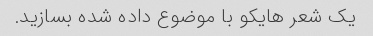
یک شعر هایکو با موضوع داده شده بسازید.